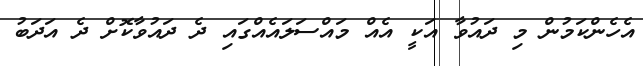
އެހެންކަމުން މި ދައުވާ އަކީ އެއް މައްސަލައެއްގައި ދެ ދައުވާކޮށް ދެ އަދަބު